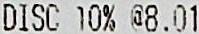
DISC 10% @8.01